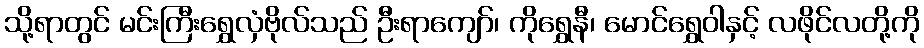
သို့ရာတွင် မင်းကြီးရွှေလှံဗိုလ်သည် ဦးရာကျော်၊ ကိုရွှေနီ၊ မောင်ရွှေဝါနှင့် လဖိုင်လတို့ကို